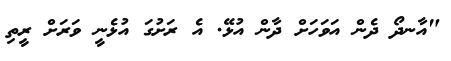
"އާނދޯ ދެން އަވަހަށް ދާން އުޅޭ. އެ ރަށުގަ އުޅެނީ ވަރަށް ރީތި